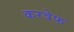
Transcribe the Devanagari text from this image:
करवेफ